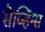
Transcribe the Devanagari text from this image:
सेव्हिंग्स